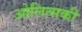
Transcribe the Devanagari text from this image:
ओलित्सकी